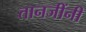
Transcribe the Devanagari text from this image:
तानजींनी